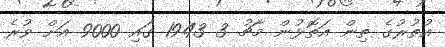
އުތުރުގެ ތިން އަތޮޅުން މާޗު 3 1943 ގައި 9000 އަށް ވުރެ